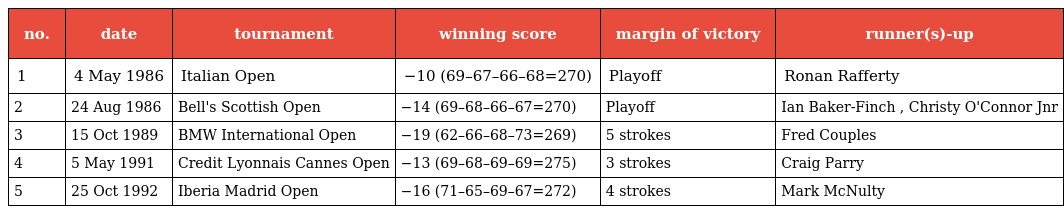
| no. | date | tournament | winning score | margin of victory | runner(s)-up |
 | --- | --- | --- | --- | --- | --- |
 | 1 | 4 May 1986 | Italian Open | −10 (69–67–66–68=270) | Playoff | Ronan Rafferty |
 | 2 | 24 Aug 1986 | Bell's Scottish Open | −14 (69–68–66–67=270) | Playoff | Ian Baker-Finch , Christy O'Connor Jnr |
 | 3 | 15 Oct 1989 | BMW International Open | −19 (62–66–68–73=269) | 5 strokes | Fred Couples |
 | 4 | 5 May 1991 | Credit Lyonnais Cannes Open | −13 (69–68–69–69=275) | 3 strokes | Craig Parry |
 | 5 | 25 Oct 1992 | Iberia Madrid Open | −16 (71–65–69–67=272) | 4 strokes | Mark McNulty |